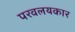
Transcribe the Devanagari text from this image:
परवलयकार